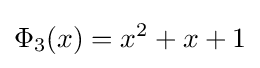
\Phi _{3}(x)=x^{2}+x+1